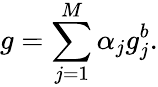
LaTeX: g=\sum_{j=1}^{M}\alpha_{j}g_{j}^{b}.